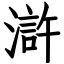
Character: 滸